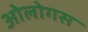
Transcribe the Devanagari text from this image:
ओलोगस